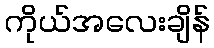
ကိုယ်အလေးချိန်